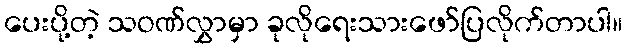
ပေးပို့တဲ့ သဝဏ်လွှာမှာ ခုလိုရေးသားဖော်ပြလိုက်တာပါ။